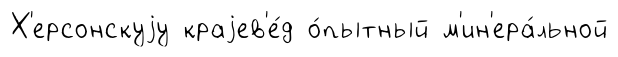
Х'ерсонскуjу краjев'е́д о́пытный м'ин'ера́льной